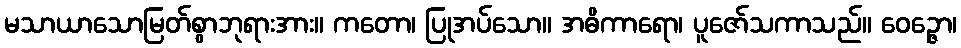
မသာယာသောမြတ်စွာဘုရားအား။ ကတော၊ ပြုအပ်သော။ အဓိကာရော၊ ပူဇော်သကာသည်။ ဝေဉ္ဇော၊